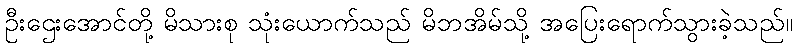
ဦးဌေးအောင်တို့ မိသားစု သုံးယောက်သည် မိဘအိမ်သို့ အပြေးရောက်သွားခဲ့သည်။